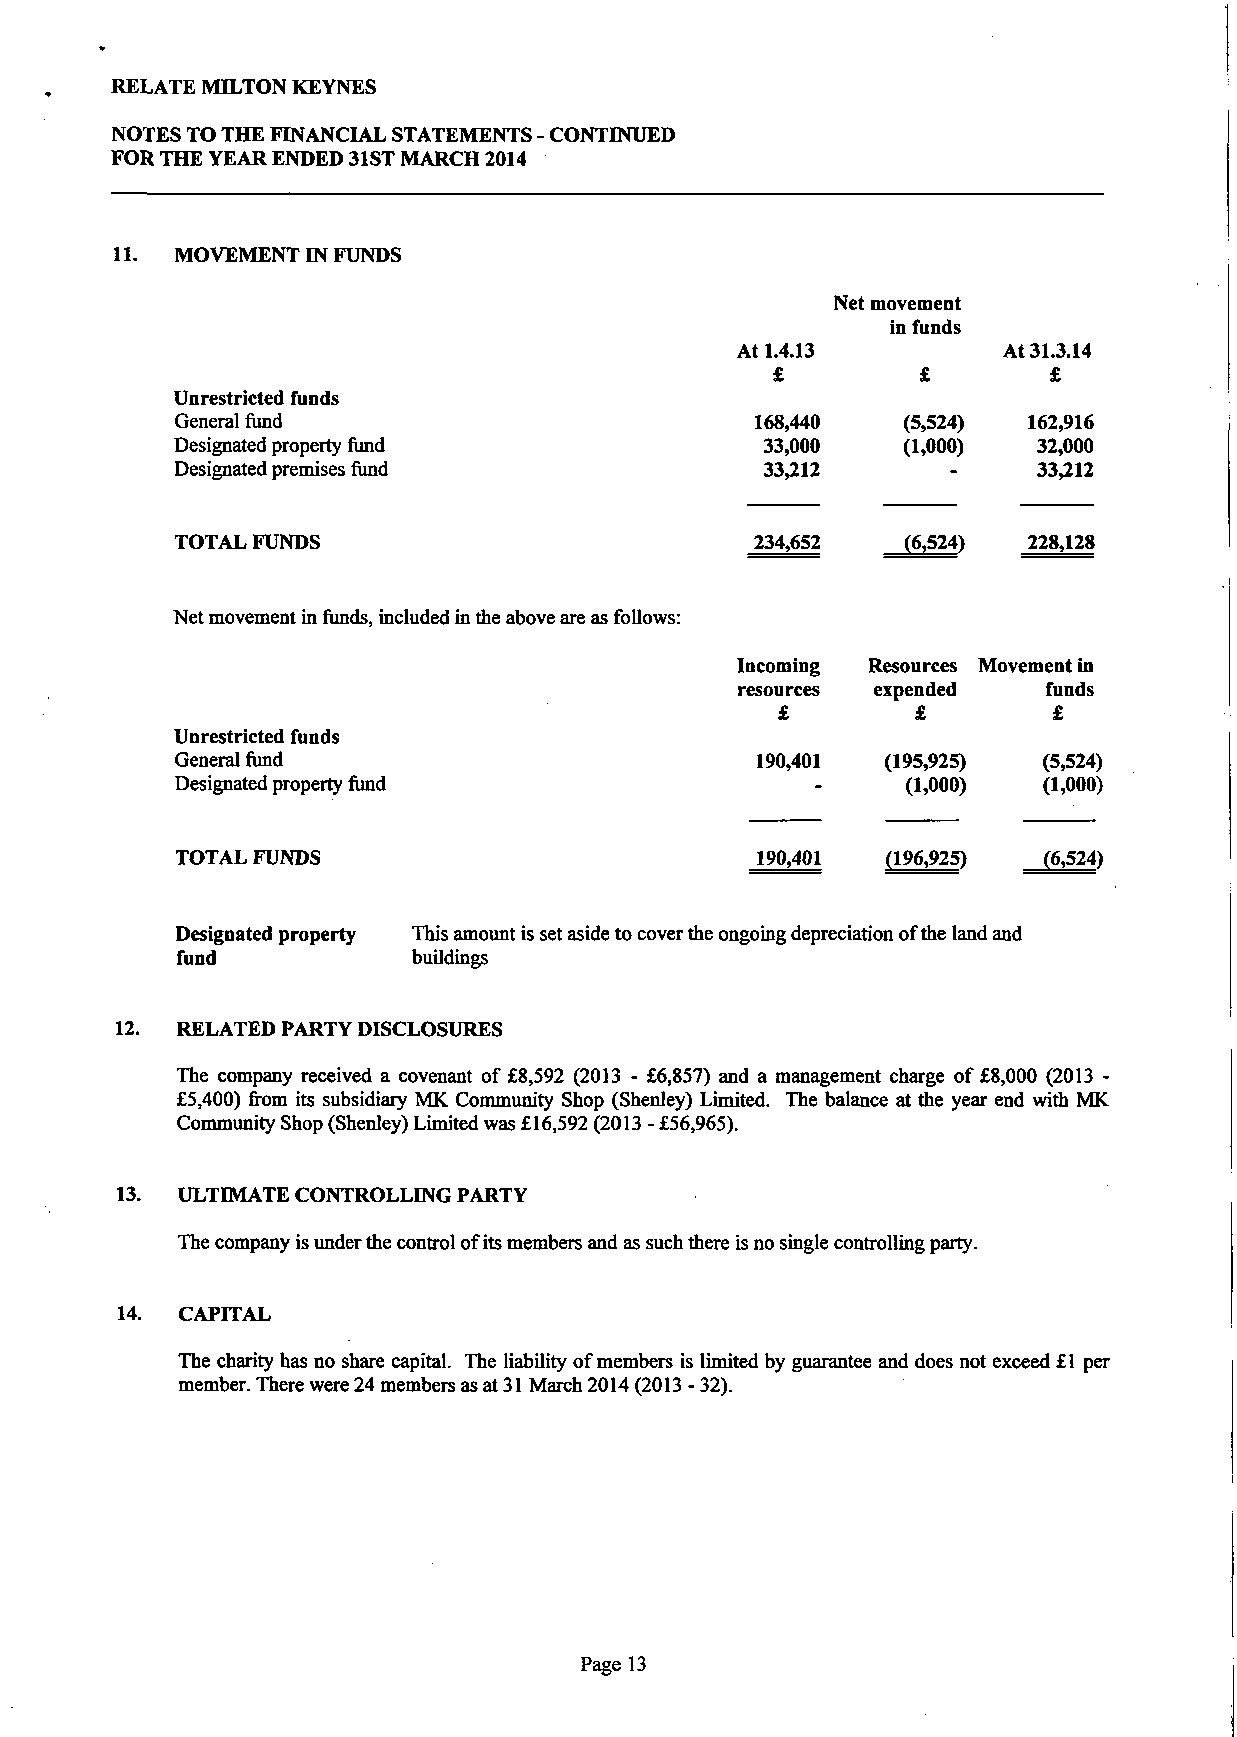
RELATE MILTON KEYNES
 NOTES TO THE FINANCIAL STATEMENTS - CONTINUED
 FOR THE YEAR ENDED 31ST MARCH 2014
 11. MOVEMENT IN FUNDS
 Net movement
 in funds
 At 1.4.13        At 31.3.14
 £                 £
 Unrestricted funds
 General fund                          168,440   (5,524) 162,916
 Designated property fund               33,000   (1,000)  32,000
 Designated premises fund               33,212            33,212
 TOTAL FUNDS                           234,652   (6,524) 228,128
 Net movement in funds, included in the above are as follows:
 Incoming Resources Movement in
 resources expended  funds
 £         £        £
 Unrestricted funds
 General fund                          190,401  (195,925) (5,524)
 Designated property fund                        (1,000)  (1,000)
 TOTAL FUNDS                           190,401  (196,925) (6,524)
 Designated property This amount is set aside to cover the ongoing depreciation of the land and
 fund           buildings
 12. RELATED PARTY DISCLOSURES
 The company received a covenant of £8,592 (2013 - £6,857) and a management charge of £8,000 (2013 -
 £5,400) from its subsidiary MK Community Shop (Shenley) Limited. The balance at the year end with MK
 Community Shop (Shenley) Limited was £16,592 (2013 - £56,965).
 13. ULTIMATE CONTROLLING PARTY
 The company is under the control of its members and as such there is no single controlling party.
 14. CAPITAL
 The charity has no share capital. The liability of members is limited by guarantee and does not exceed £1 per
 member. There were 24 members as at 31 March 2014 (2013 - 32).
 Page 13